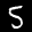
Label: 5